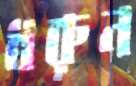
ধরুন